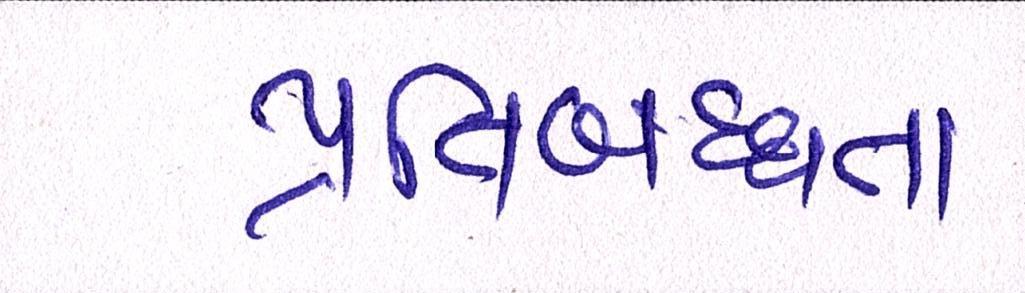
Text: પ્રતિબદ્ધતા